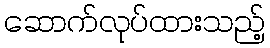
ဆောက်လုပ်ထားသည့်